Annual report of the Punjab Veterinary College and of the Civil Veterinary Department, Punjab - 1926-1932
Year: 1926
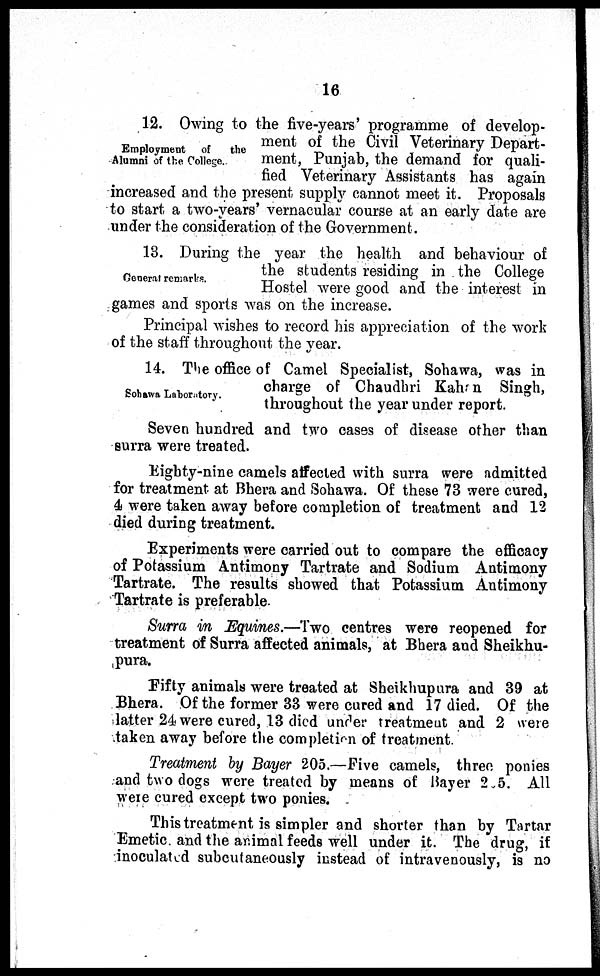
16
Employment of
the
Alumni of the College.
12. Owing to the five-years' programme of develop-
ment of the Civil Veterinary Depart-
ment, Punjab, the demand for quali-
fied Veterinary Assistants has again
increased and the present supply cannot meet it. Proposals
to start a two-years' vernacular course at an early date are
under the consideration of the Government.
General remarks.
13. During the year the health and behaviour of
the students residing in the College
Hostel were good and the interest in
games and sports was on the increase.
Principal wishes to record his appreciation of the work
of the staff throughout the year.
Sohawa Laboratory.
14. The office of Camel Specialist, Sohawa, was in
charge of Chaudhri Kahan Singh,
throughout the year under report.
Seven hundred and two cases of disease other than
surra were treated.
Eighty-nine camels affected with surra were admitted
for treatment at Bhera and Sohawa. Of these 73 were cured,
4 were taken away before completion of treatment and 12
died during treatment.
Experiments were carried out to compare the efficacy
of Potassium Antimony Tartrate and Sodium Antimony
Tartrate. The results showed that Potassium Antimony
Tartrate is preferable.
Surra in Equines.—Two centres were reopened for
treatment of Surra affected animals, at Bhera and Sheikhu-
pura.
Fifty animals were treated at Sheikhupura and 39 at
Bhera. Of the former 33 were cured and 17 died. Of the
latter 24 were cured, 13 died under treatment and 2 were
taken away before the completion of treatment.
Treatment by Bayer 205.—Five camels, three ponies
and two dogs were treated by means of Bayer 2 5. All
were cured except two ponies.
This treatment is simpler and shorter than by Tartar
Emetic and the animal feeds well under it. The drug, if
inoculated subcutaneously instead of intravenously, is no